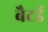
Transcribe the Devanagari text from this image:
बैटर्ड